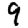
Digit: 9